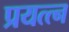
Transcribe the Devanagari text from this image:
प्रयत्त्‍न